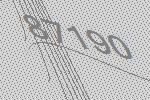
87190